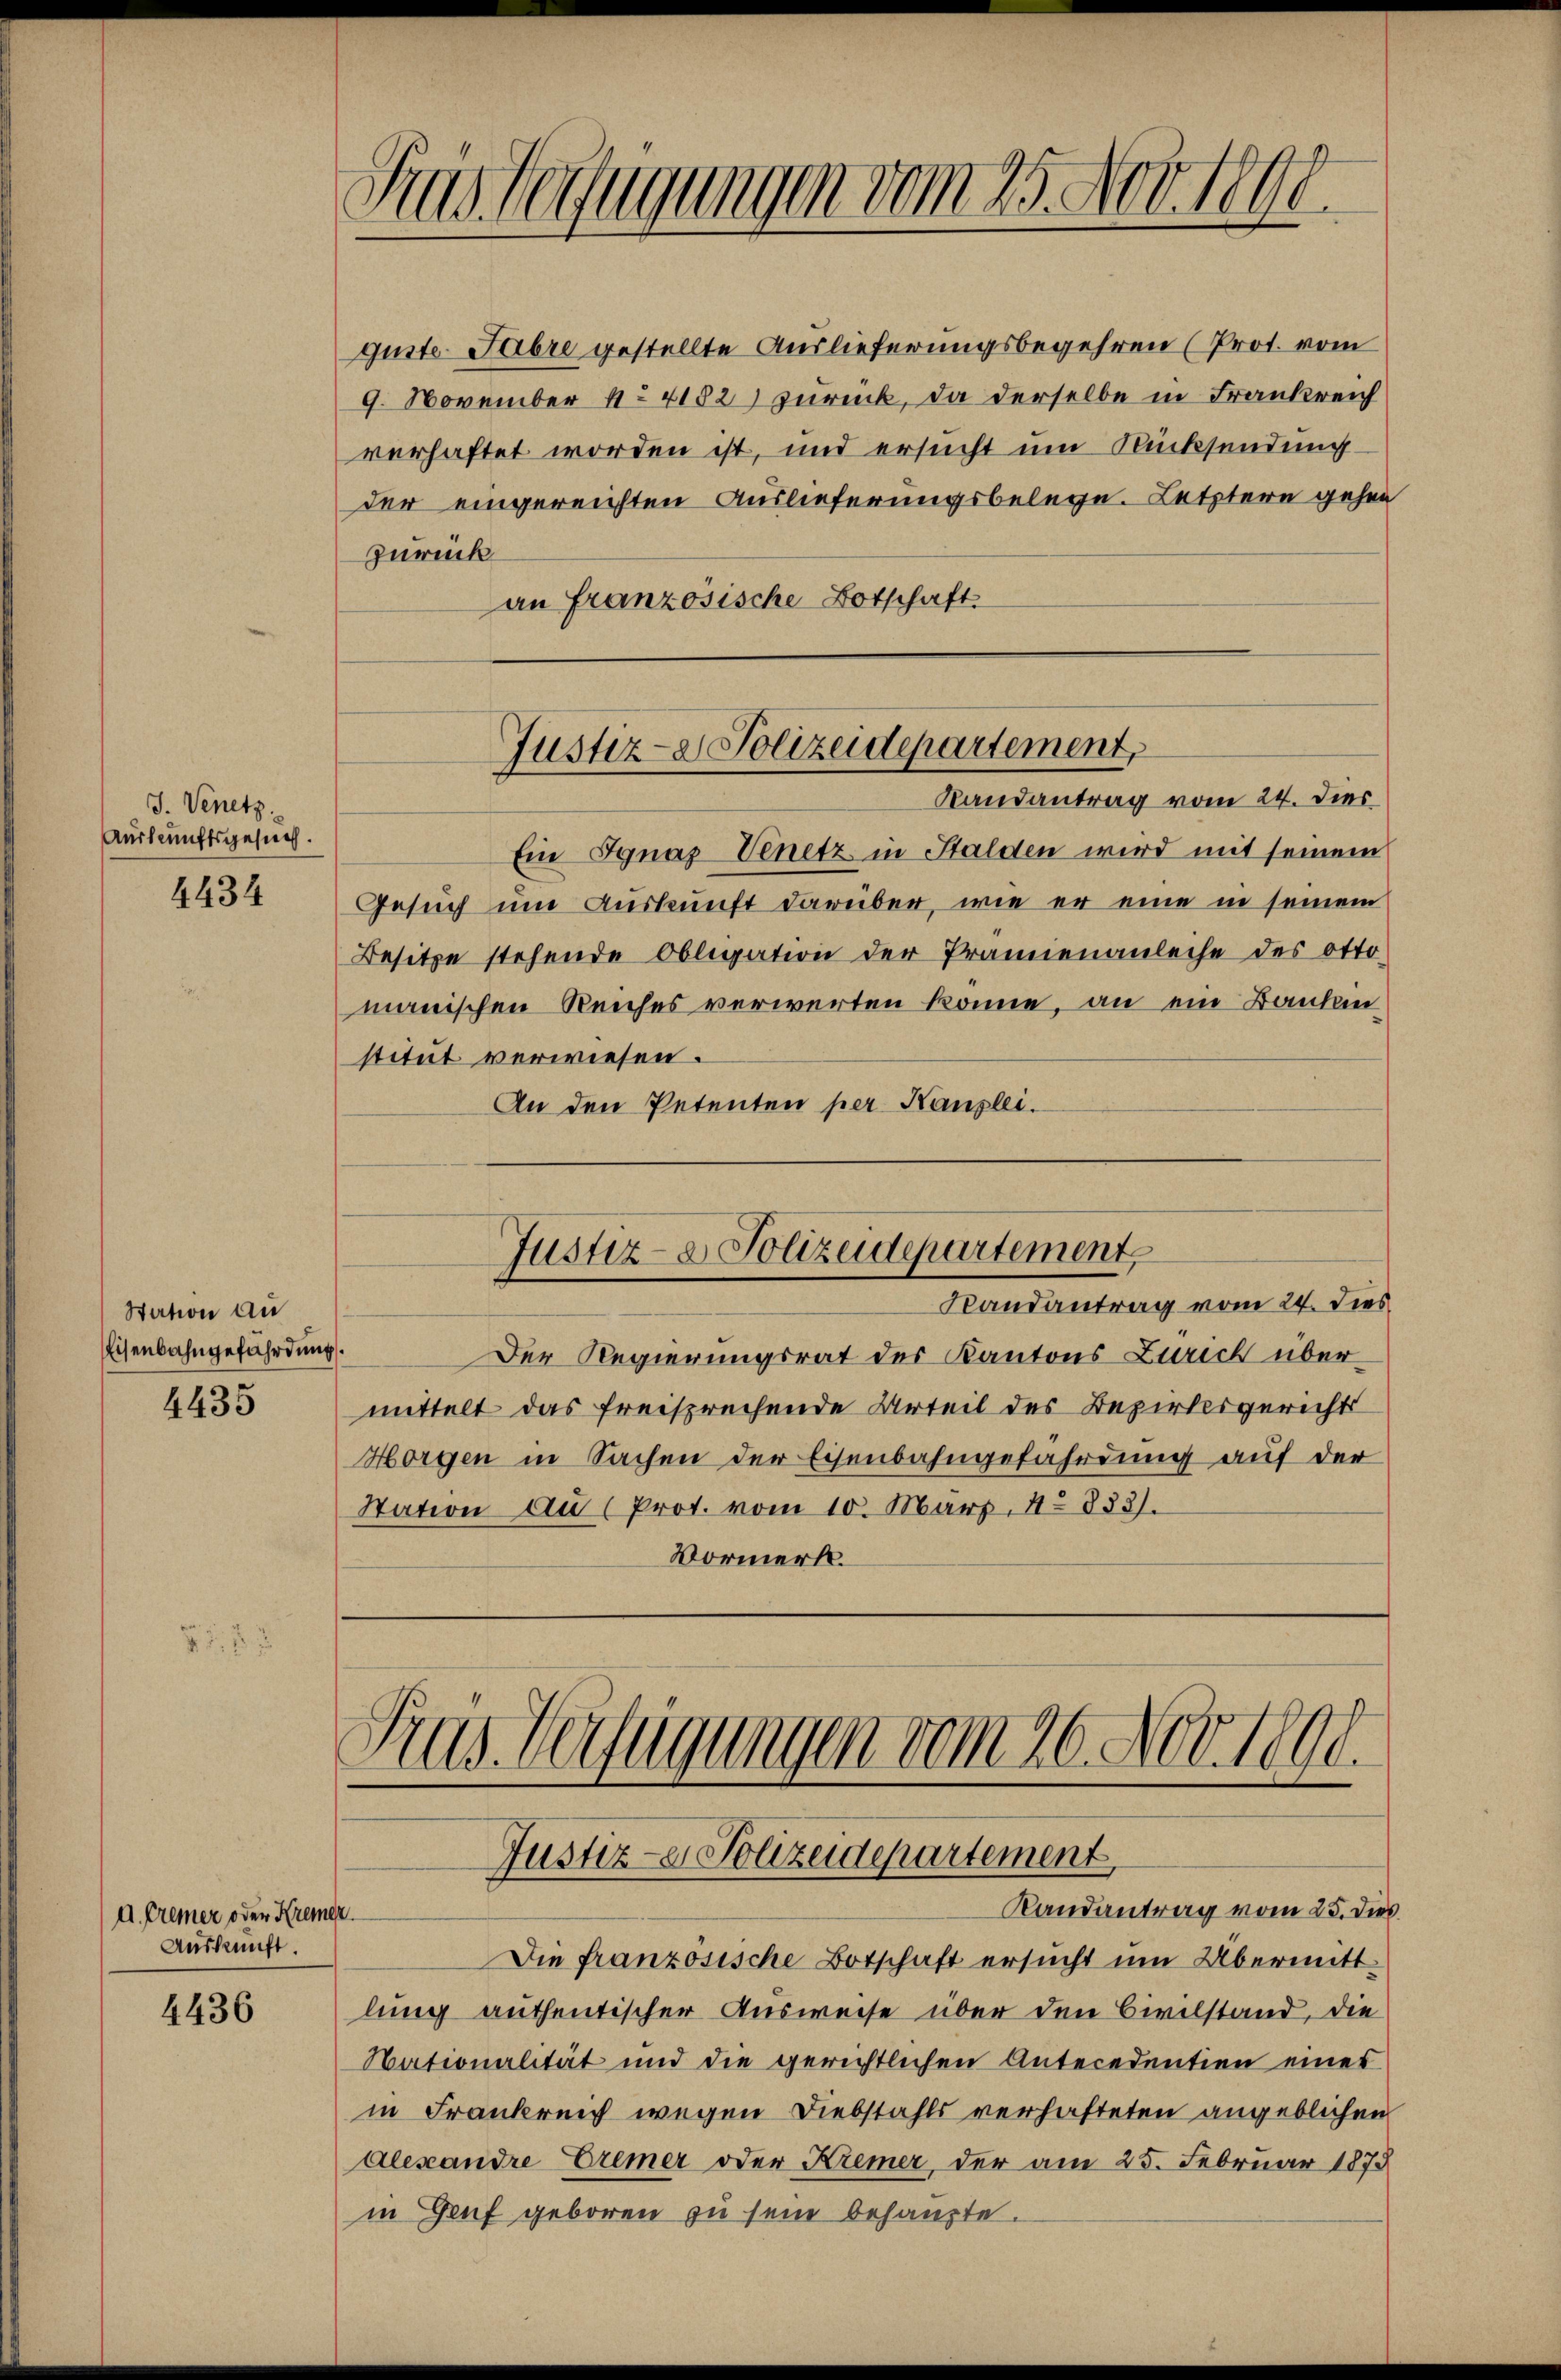
J. Venetz
Auskunftsgesuch.

4434

Station au
Eisenbahngefährdung.

4435

d. Cremer oder Kremer
Auskunft.

4436

guste abre gestellte Auslieferungsbegehren (Prot. vom
9. November No 4182) zurück, da derselbe in Frankreich
verhaftet worden ist, und ersucht um Rücksendung
der eingereichten Auslieferungsbelege. Letztere gehen
zurück
an Französische Botschaft

Sras Begugungen vom 25. Nov. 1891

Justiz- & Polizeidepartement,

Randantrag vom 24. Dies
Ein Ignaz Venetz in Halden wird mit seinem
Gesuch um Auskunft darüber, wie er eine in seinem
Besitze stehende Obligation der Prämienanleihe des Ottomanischen Reiches verwerten könne, an ein Bauten
stitut verwiesen.
An den Petenten per Kanzlei.

Justiz- & Polizeidepartement
Randantrag vom 24. dies

Pras. Verfügungen vom 26. Nov. 1890.
Justiz- & Polizeidepartement
Randantrag vom 25. dies

Der Regierungsrat des Kantons Zürich über
mittelt das freisprechende Urteil des Bezirksgerichts
Horgen in Sachen der Eisenbahngefahrung auf der
Station an (Prot. vom 10. März, 4. 883.
Vormerk.

Die französische Botschaft ersucht um Übermitt
lung authentischer Ausweise über den Civilstand, die
Nationalität und die gerichtlichen Antecedentien eines
in Frankreich wegen Diebstahls verhafteten angeblichen
Alesandre Eremer oder Kremer, der am 25. Februar 1875
in Genf geboren zu sein behaupte.